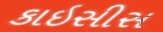
કાઇસીસ